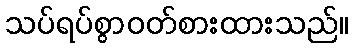
သပ်ရပ်စွာဝတ်စားထားသည်။